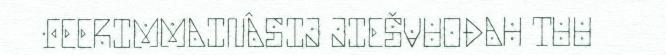
FEERIMMAINÂSIJ JIEŠVUOĐAH TUU